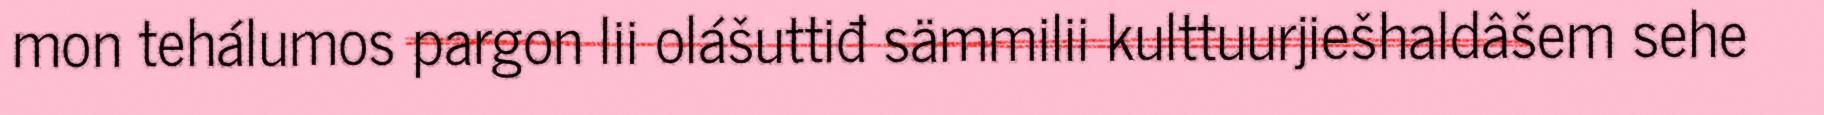
mon tehálumos pargon lii olášuttiđ sämmilii kulttuurjiešhaldâšem sehe